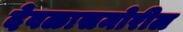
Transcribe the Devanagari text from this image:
देवळासमोरील